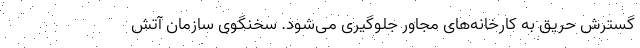
گسترش حریق به کارخانه‌های مجاور جلوگیری می‌شود. سخنگوی سازمان آتش